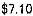
$7.10